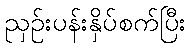
ညှဉ်းပန်းနှိပ်စက်ပြီး